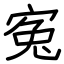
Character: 寃